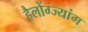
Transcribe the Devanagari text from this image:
हैलोंग्ज्यांग